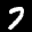
Label: 7